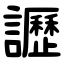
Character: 讈